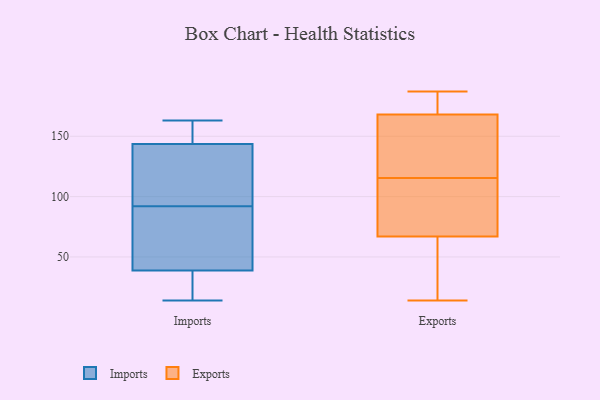
{"axis": {"x": "Page Views", "y": "Value"}, "legend": ["Exports", "Imports"], "data": [{"x": "", "y": 18, "type": "Imports"}, {"x": "", "y": 146, "type": "Imports"}, {"x": "", "y": 14, "type": "Imports"}, {"x": "", "y": 41, "type": "Imports"}, {"x": "", "y": 157, "type": "Imports"}, {"x": "", "y": 59, "type": "Imports"}, {"x": "", "y": 92, "type": "Imports"}, {"x": "", "y": 145, "type": "Imports"}, {"x": "", "y": 20, "type": "Imports"}, {"x": "", "y": 125, "type": "Imports"}, {"x": "", "y": 139, "type": "Imports"}, {"x": "", "y": 163, "type": "Imports"}, {"x": "", "y": 101, "type": "Imports"}, {"x": "", "y": 38, "type": "Imports"}, {"x": "", "y": 68, "type": "Imports"}, {"x": "", "y": 168, "type": "Exports"}, {"x": "", "y": 88, "type": "Exports"}, {"x": "", "y": 14, "type": "Exports"}, {"x": "", "y": 187, "type": "Exports"}, {"x": "", "y": 70, "type": "Exports"}, {"x": "", "y": 36, "type": "Exports"}, {"x": "", "y": 157, "type": "Exports"}, {"x": "", "y": 67, "type": "Exports"}, {"x": "", "y": 176, "type": "Exports"}, {"x": "", "y": 143, "type": "Exports"}]}